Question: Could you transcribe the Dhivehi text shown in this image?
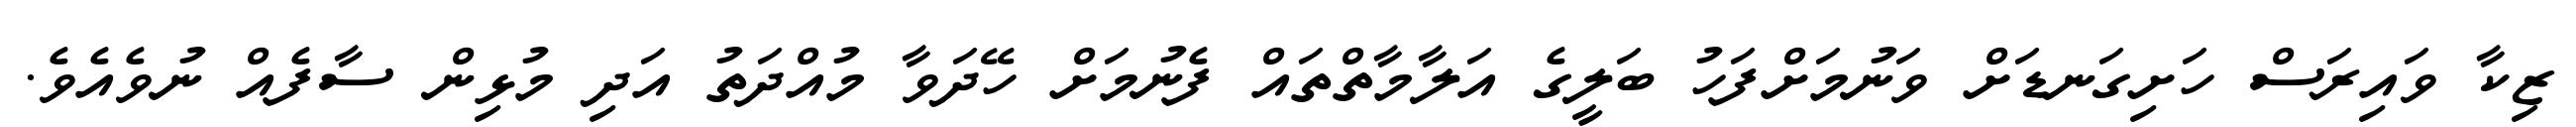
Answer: ޒިކާ ވައިރަސް ހަށިގަނޑަށް ވަނުމަށްފަހު ބަލީގެ އަލާމާތްތައް ފެނުމަށް ހޭދަވާ މުއްދަތު އަދި މުޅިން ސާފެއް ނުވެއެވެ.